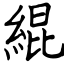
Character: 緄